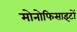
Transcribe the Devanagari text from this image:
मोनोफिसाइटों